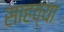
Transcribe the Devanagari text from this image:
साहव्या